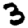
Digit: 3